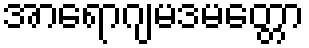
အာရောဂျမဒမတ္တော